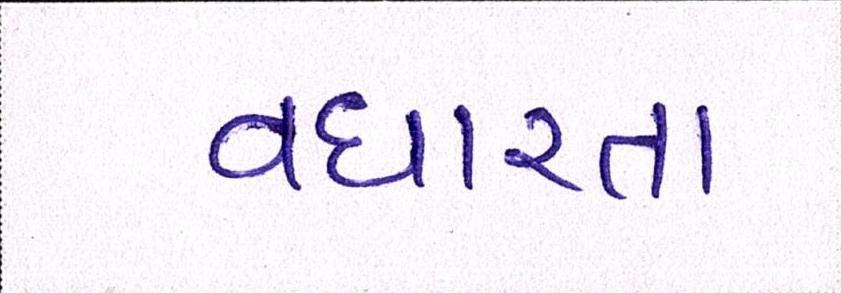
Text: વધારતા